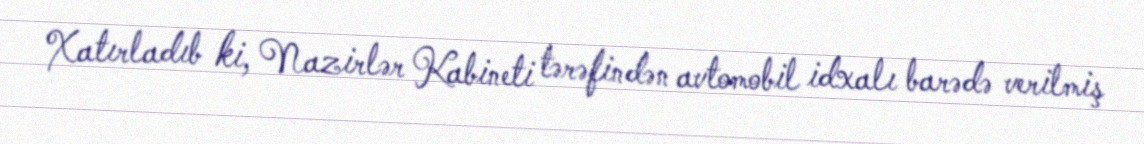
Xatırladıb ki, Nazirlər Kabineti tərəfindən avtomobil idxalı barədə verilmiş